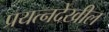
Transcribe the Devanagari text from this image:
प्रयत्‍नदेखील